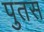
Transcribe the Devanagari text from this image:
पुतस